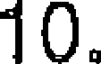
10.